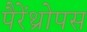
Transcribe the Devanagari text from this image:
पैरेंथ्रोपस